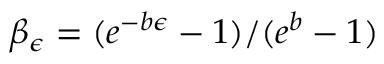
\beta _ { \epsilon } = ( e ^ { - b \epsilon } - 1 ) / ( e ^ { b } - 1 )